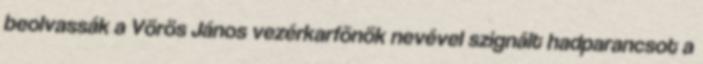
beolvassák a Vörös János vezérkarfõnök nevével szignált hadparancsot a